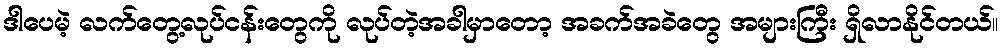
ဒါပေမဲ့ လက်တွေ့လုပ်ငန်းတွေကို လုပ်တဲ့အခါမှာတော့ အခက်အခဲတွေ အများကြီး ရှိလာနိုင်တယ်။